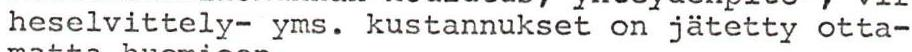
heselvittely- yms. kustannukset on jätetty otta-